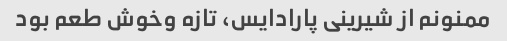
ممنونم از شیرینی پارادایس، تازه وخوش طعم بود